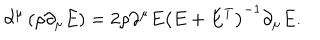
\partial ^ { \mu } \left( \rho \partial _ { \mu } E \right) = 2 \rho \partial ^ { \mu } E \left( E + E ^ { T } \right) ^ { - 1 } \partial _ { \mu } E .